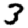
Digit: 3